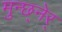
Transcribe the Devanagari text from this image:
मुन्छ्नेर्